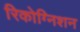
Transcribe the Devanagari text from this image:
रिकोग्निशन